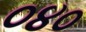
૦૪૦